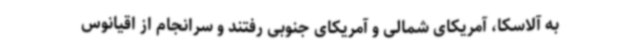
به آلاسکا، آمریکای شمالی و آمریکای جنوبی رفتند و سرانجام از اقیانوس